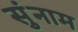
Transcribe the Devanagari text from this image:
सुंनाम